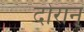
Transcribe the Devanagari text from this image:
दोरान्